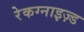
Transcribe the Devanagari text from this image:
रेकग्नाइज़्ड